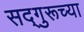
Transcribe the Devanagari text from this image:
सद्‌गुरूच्या